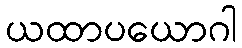
ယထာပယောဂါ